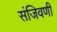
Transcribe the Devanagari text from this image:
संजिवणी